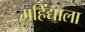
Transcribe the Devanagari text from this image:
महिंद्याला